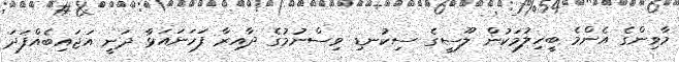
މާވިންގެ އެންމެ ބީހިލުމަކުން ލޫސީގެ ސިކުނޑި ވިސްނުމުގެ ދާއިރާ ފަހަނައަޅާ ދަނީ އަޖައިބެއްފަދަ